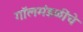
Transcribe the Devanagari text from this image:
गॉलमंडळींचे